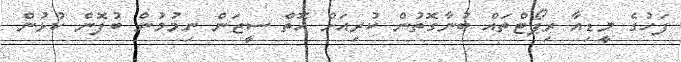
ފަހުގެ މީޑިއާ ރިޕޯޓްތައް ބުނާގޮތުން ކުރިއަށް އޮތް ސީޒަން ނިމުމުން ބުފޮން ކުޅުން